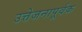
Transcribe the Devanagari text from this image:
उत्तेजनापूर्वक